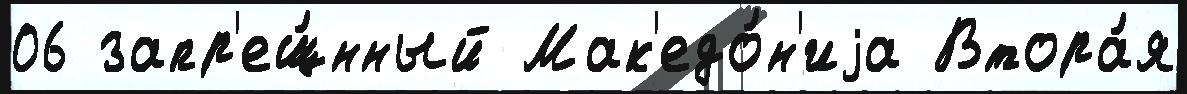
06 запр'ещ́нный Мак'едо́н'иjа Втора́я